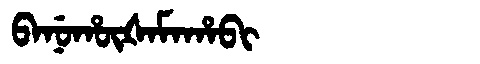
Manchu: ᠪᠠᠨᡠᡥᡡᡧᠠᠮᠠᡥᠠᠪᡳ
Romanization: BANUHŪŠAMAHABI